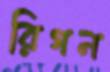
রিগন